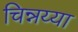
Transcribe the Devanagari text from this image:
चिन्नय्या